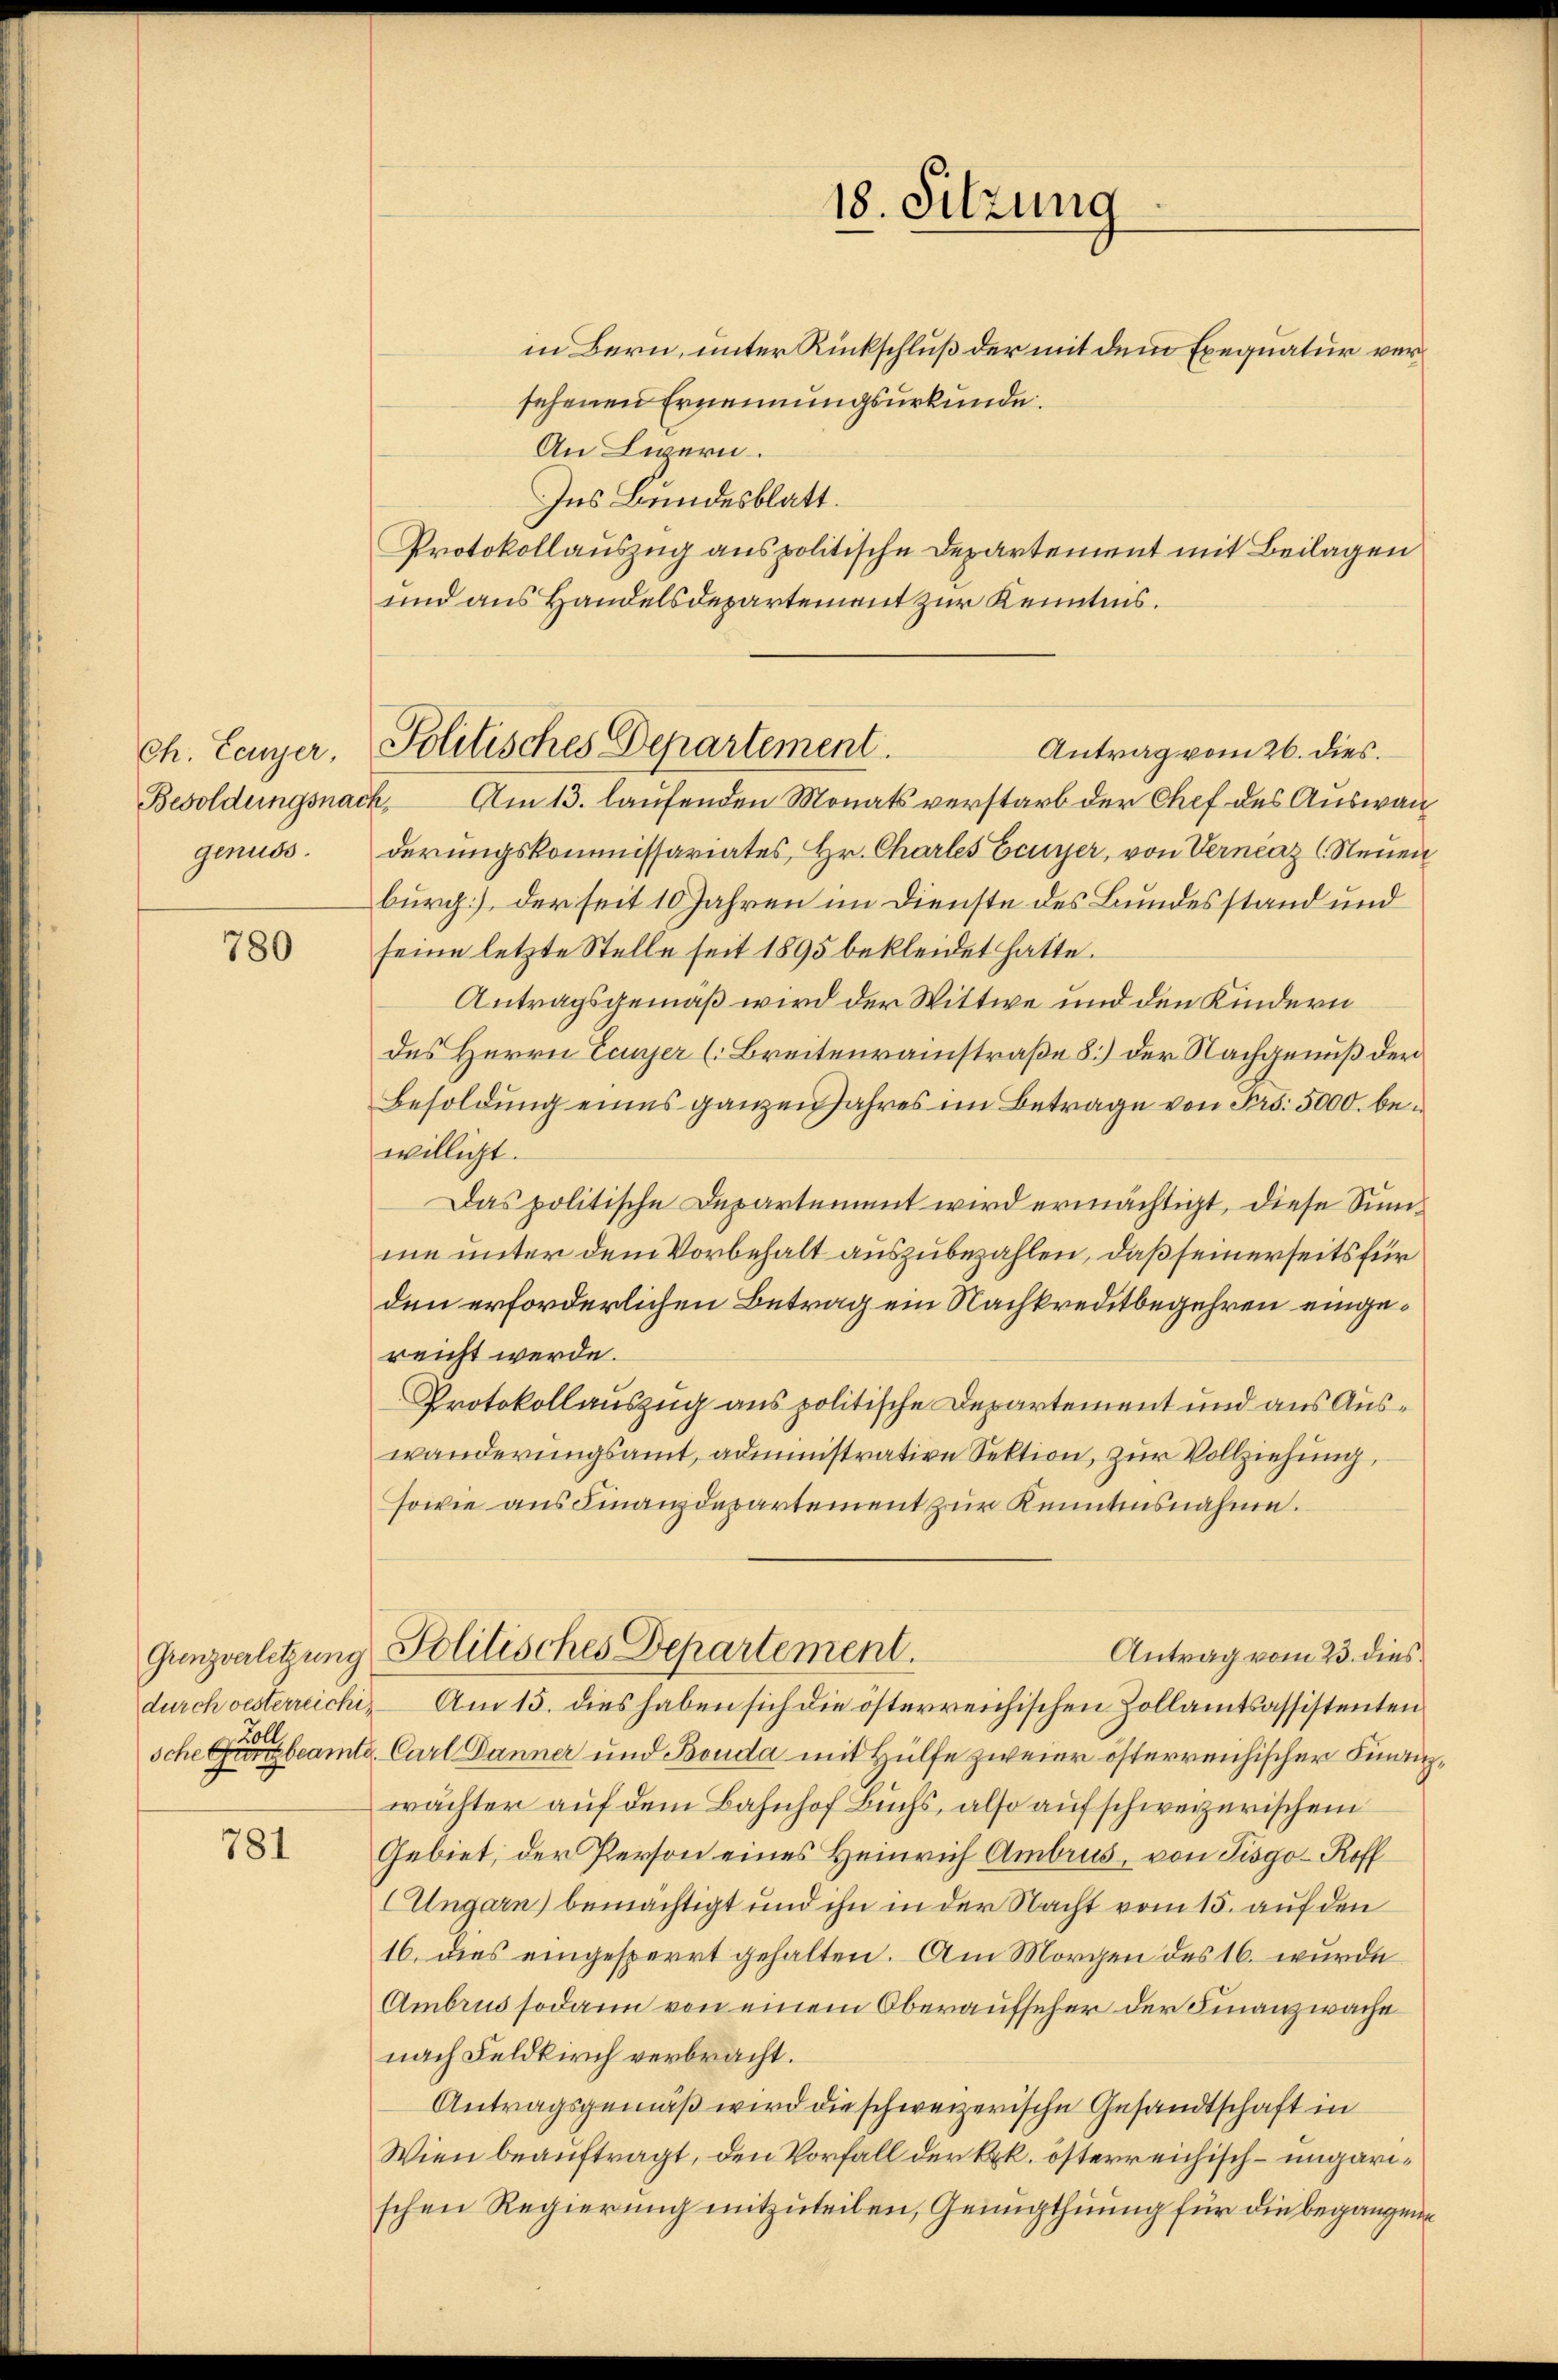
Ch. Ecuyer,
Besoldungsnach,
genuss.

780

Grenzverletzung

781

in Bern, unter Rückschluß der mit dem Exequatur versehenen Ernennungsurkunde.
An Ligern
Ins Bundesblatt.
Protokollauszug aus politische Departement mit Beilagen
und aus Handelsdepartement zur Kenntnis.
Antrag vom 26. dies.
Am 13. laufenden Monats verstarb der Chef des Auswanderungskommissariates, Hr. Charles Ecuyer, von Vernčaz (Neuen
burg], der seit 10 Jahren im Dienste des Bundesstand und
seine letzte Stelle seit 1895 bekleidet hatte.
Antragsgemäß wird der Wittwe und den Kindern
des Herrn Canzer (Breitenrainstraße 8.) der Nachgenuß der
Besoldung eines ganzen Jahres im Betrage von Frs. 5000. bewilligt.
Das politische Departement wird ermächtigt, diese Summe unter dem Vorbehalt auszubezahlen, daß seinerseits für
den erforderlichen Betrag ein Nachkreditbegehren eingereicht werde.
Protokollauszug aus politische Departement und aus Auswanderungsamt, administrative Sektion, zur Vollziehung,
sowie aus Finanzdepartement zur Kenntnisnahme.
Politisches Departement.
Antrag vom 23. dies
durch vesterreichi, – Am 15. dies haben sich die österreichischen Zollamtsassistenten
sche erbeamte Carl Danner und Bouda mit Hülfe zweier österreichischer Finanz
wächter auf dem Bahnhof Buchs, also auf schweizerischem
Gebiet, der Person eines Heinrich Ambrus, von Pisgo-Roff
Ungarn) bemächtigt und ihn in der Nacht vom 15. auf den
16. dies eingesperrt gehalten. Am Morgen des 16. wurde
Ambrus sodann von einem Oberaufseher der Finanzwache
nach Feldkirch verbracht.
Antragsgemäß wird die schweizerische Gesandtschaft in
Wien beauftragt, den Vorfall der kk. österreichisch-ungarischen Regierung mitzuteilen, Genugthuung für die begangene

Politisches Departement.

18. Sitzung